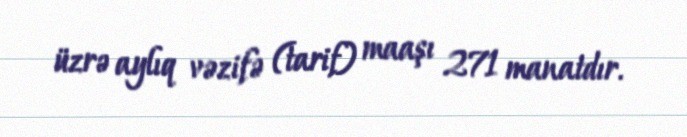
üzrə aylıq vəzifə (tarif) maaşı 271 manatdır.